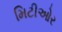
મિટીઓર